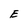
Character: E